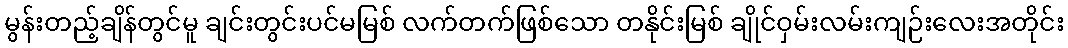
မွန်းတည့်ချိန်တွင်မူ ချင်းတွင်းပင်မမြစ် လက်တက်ဖြစ်သော တနိုင်းမြစ် ချိုင်ဝှမ်းလမ်းကျဉ်းလေးအတိုင်း